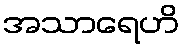
အသာရေဟိ